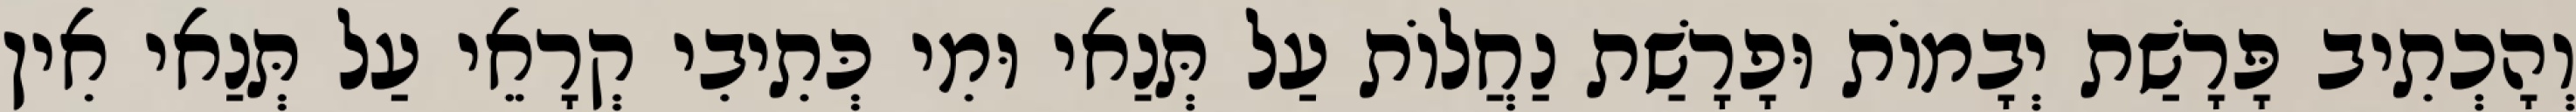
וְהָכְתִיב פָּרָשַׁת יְבָמוֹת וּפָרָשַׁת נַחֲלוֹת עַל תְּנַאי וּמִי כְּתִיבִי קְרָאֵי עַל תְּנַאי אִין